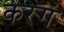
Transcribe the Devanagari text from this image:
करगं